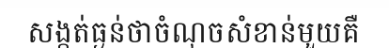
សង្កត់ធ្ងន់ថាចំណុចសំខាន់មួយគឺ